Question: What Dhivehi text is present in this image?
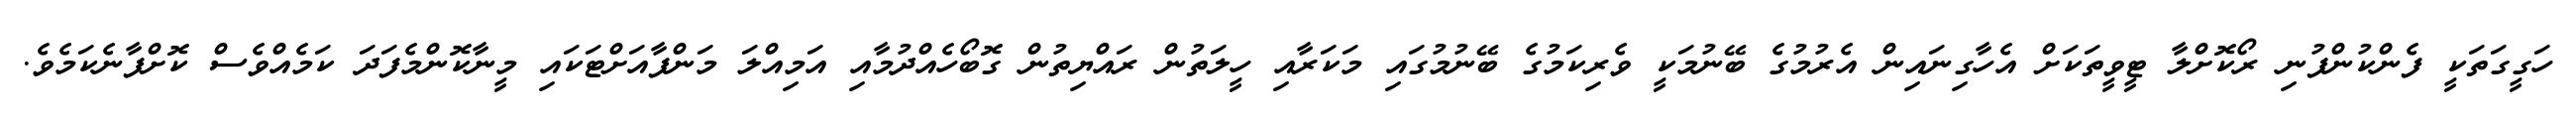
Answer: ހަގީގަތަކީ ފެންކުންފުނި ރޯކޮށްލާ ޓީވީތަކަށް އެހާގިނައިން އެރުމުގެ ބޭނުމަކީ ވެރިކަމުގެ ބޭނުމުގައި މަކަރާއި ހީލަތުން ރައްޔިތުން ގޮބޯހެއްދުމާއި އަމިއްލަ މަންފާއަށްޓަކައި މީނާކޮންމެފަދަ ކަމެއްވެސް ކޮށްފާނެކަމެވެ.